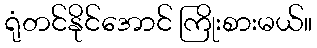
ရုံတင်နိုင်အောင် ကြိုးစားမယ်။